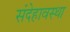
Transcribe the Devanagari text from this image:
संदेहावस्था